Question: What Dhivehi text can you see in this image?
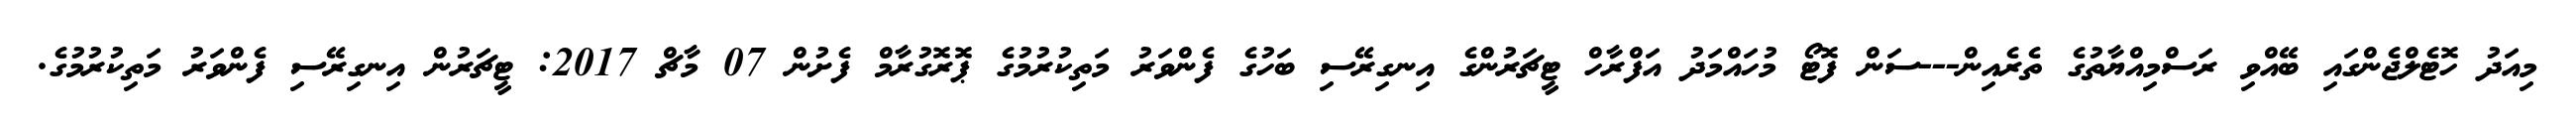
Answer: މިއަދު ހޮޓެލްޖެންގައި ބޭއްވި ރަސްމިއްޔާތުގެ ތެރެއިން---ސަން ފޮޓޯ މުހައްމަދު އަފްރާހް ޓީޗަރުންގެ އިނގިރޭސި ބަހުގެ ފެންވަރު މަތިކުރުމުގެ ޕޮރޮގުރާމް ފެށުން 07 މާޗް 2017: ޓީޗަރުން އިނގިރޭސި ފެންވަރު މަތިކުރުމުގެ.